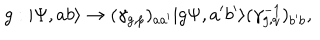
g : | \Psi , a b \rangle \to ( \gamma _ { g , p } ) _ { a a ^ { \prime } } | g \Psi , a ^ { \prime } b ^ { \prime } \rangle ( \gamma _ { g , q } ^ { - 1 } ) _ { b ^ { \prime } b } ,